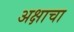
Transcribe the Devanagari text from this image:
अक्षाचा